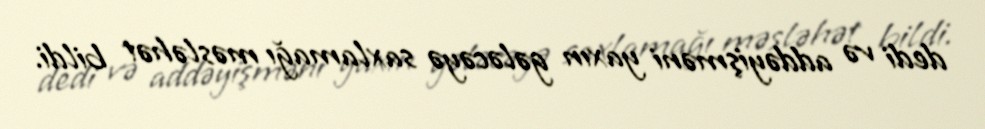
dedi və addəyişməni yaxın gələcəyə saxlamağı məsləhət bildi.